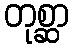
တုစ္ဆာ